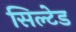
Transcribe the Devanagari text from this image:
सिल्टेड